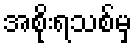
အစိုးရသစ်မှ